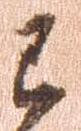
已